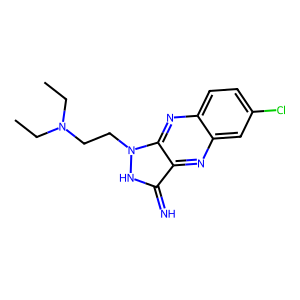
SMILES: CCN(CC)CCn1[nH]c(=N)c2nc3cc(Cl)ccc3nc21
Inhibits HIV replication: No